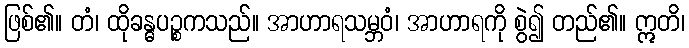
ဖြစ်၏။ တံ၊ ထိုခန္ဓပဉ္စကသည်။ အာဟာရသမ္ဘဝံ၊ အာဟာရကို စွဲ၍ တည်၏။ ဣတိ၊